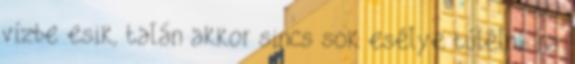
vízbe esik, talán akkor sincs sok esélye túlélni, na